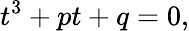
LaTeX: t^{3}+pt+q=0,